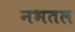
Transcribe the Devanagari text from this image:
नभतल